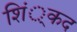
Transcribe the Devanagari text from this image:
शिं्कद